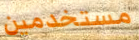
مستخدمين